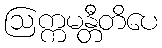
ဩက္ကမန္တီတိပေ